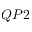
Q P 2